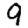
Digit: 9